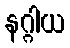
နဂ္ဂါယ